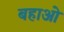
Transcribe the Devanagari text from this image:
बहाओ